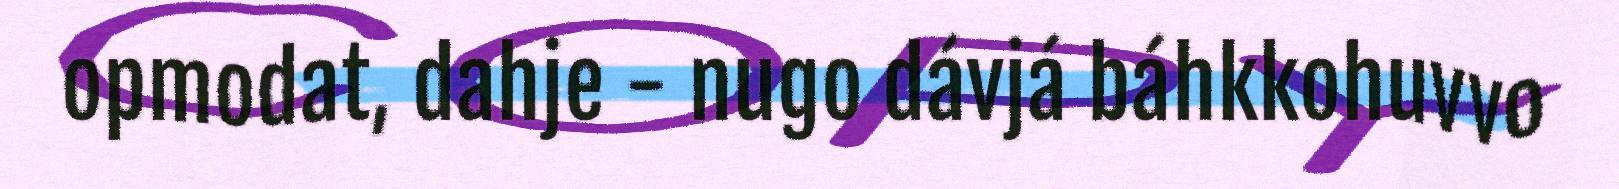
opmodat, dahje - nugo dávjá báhkkohuvvo